Sanitation, dispensaries and jails vaccination Rajputana 1922-1927 - 1922-1927
Year: 1922
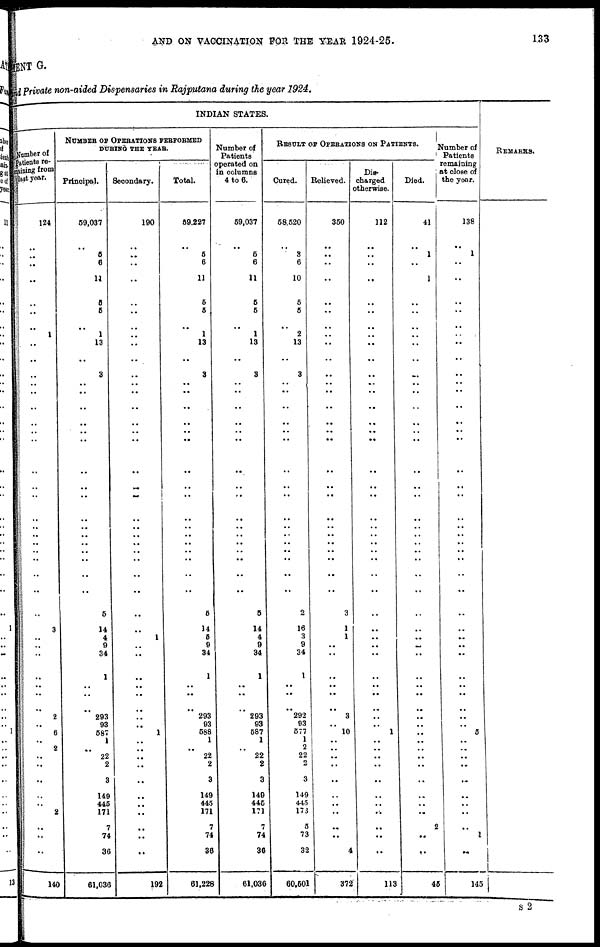
AND ON VACCINATION FOR THE YEAR 1924-25.
133
MENT G.
and Private non-aided Dispensaries in Rajputana during the year 1924.
INDIAN STATES.
Number of
Patients re-
maining from
last year.
124
..
..
..
..
..
..
..
1
..
..
..
..
..
..
..
..
..
..
..
..
..
..
..
..
..
..
..
3
..
..
..
..
..
..
..
2
..
6
..
2
..
..
..
..
..
2
..
..
..
140
NUMBER OF OPERATIONS PERFORMED
DURING THE YEAR.
Principal.
59,037
..
5
6
11
5
5
..
1
13
..
3
..
..
..
..
..
..
..
..
..
..
..
..
..
..
..
5
14
4
9
34
1
..
..
..
293
93
587
1
..
22
2
3
149
445
171
7
74
36
61,036
Secondary.
190
..
..
..
..
..
..
..
..
..
..
..
..
..
..
..
..
..
..
..
..
..
..
..
..
..
..
..
..
1
..
..
..
..
..
..
..
..
1
..
..
..
..
..
..
..
..
..
..
..
192
Total.
59,227
..
5
6
11
5
5
..
1
13
..
3
..
..
..
..
..
..
..
..
..
..
..
..
..
..
..
5
14
5
9
34
1
..
..
..
293
93
588
1
..
22
2
3
149
445
171
7
74
36
61,228
Number of
Patients
operated on
in columns
4 to 6.
59,037
..
5
6
11
5
5
..
1
13
..
3
..
..
..
..
..
..
..
..
..
..
..
..
..
..
..
5
14
4
9
34
1
..
..
..
293
93
587
1
..
22
2
3
140
445
171
7
74
36
61,036
RESULT OF OPERATIONS ON PATIENTS.
Cured.
58,520
..
3
6
10
5
5
..
2
13
..
3
..
..
..
..
..
..
..
..
..
..
..
..
..
..
..
2
16
3
9
34
1
..
..
..
292
93
577
1
2
22
2
3
149
445
173
5
73
32
60,501
Relieved.
350
..
..
..
..
..
..
..
..
..
..
..
..
..
..
..
..
..
..
..
..
..
..
..
..
..
..
3
1
1
..
..
..
..
..
..
3
..
10
..
..
..
..
..
..
..
..
..
..
4
372
Dis-
charged
otherwise.
112
..
..
..
..
..
..
..
..
..
..
..
..
..
..
..
..
..
..
..
..
..
..
..
..
..
..
..
..
..
..
..
..
..
..
..
..
..
1
..
..
..
..
..
..
..
..
..
..
..
113
Died.
41
..
1
..
1
..
..
..
..
..
..
..
..
..
..
..
..
..
..
..
..
..
..
..
..
..
..
..
..
..
..
..
..
..
..
..
..
..
..
..
..
..
..
..
..
..
..
2
..
..
45
Number of
Patients
remaining
at close of
the year.
138
..
1
..
..
..
..
..
..
..
..
..
..
..
..
..
..
..
..
..
..
..
..
..
..
..
..
..
..
..
..
..
..
..
..
..
..
..
5
..
..
..
..
..
..
..
..
..
1
..
145
REMARKS.
S2